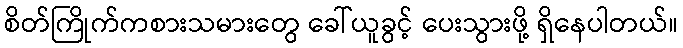
စိတ်ကြိုက်ကစားသမားတွေ ခေါ်ယူခွင့် ပေးသွားဖို့ ရှိနေပါတယ်။